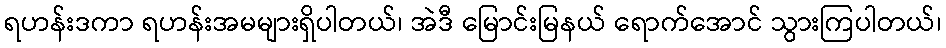
ရဟန်းဒကာ ရဟန်းအမများရှိပါတယ်၊ အဲဒီ မြောင်းမြနယ် ရောက်အောင် သွားကြပါတယ်၊